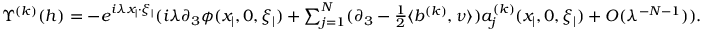
\begin{array} { r } { \Upsilon ^ { ( k ) } ( h ) = - e ^ { i \lambda x _ { | } \cdot \xi _ { | } } ( i \lambda \partial _ { 3 } \phi ( x _ { | } , 0 , \xi _ { | } ) + \sum _ { j = 1 } ^ { N } ( \partial _ { 3 } - \frac { 1 } { 2 } \langle b ^ { ( k ) } , \nu \rangle ) a _ { j } ^ { ( k ) } ( x _ { | } , 0 , \xi _ { | } ) + O ( \lambda ^ { - N - 1 } ) ) . } \end{array}